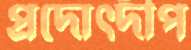
প্রদোত্দীপ